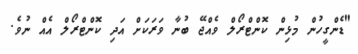
"ޑެންގީހުން މުޅިން ކޮންޓްރޯލް ވެއްޖޭ ބުނާ ވަރަކަށް އަދި ކޮންޓްރޯލް އެއް ނުވެ.